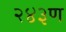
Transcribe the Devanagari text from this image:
२४३ण